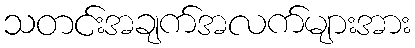
သတင်းအချက်အလက်များအား